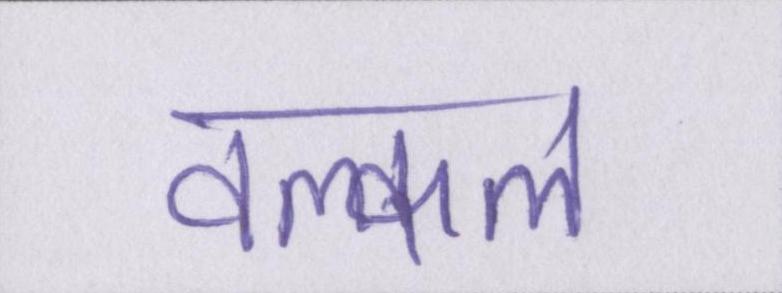
वल्कल